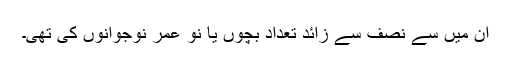
ان میں سے نصف سے زائد تعداد بچوں یا نو عمر نوجوانوں کی تھی۔